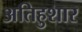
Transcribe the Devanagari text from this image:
अतिहुशार